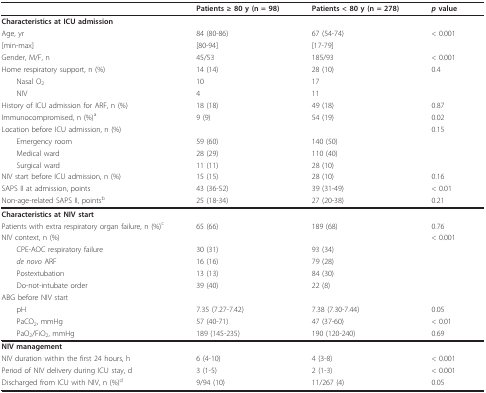
<table><thead><tr><td></td><td><b>Patients ≥ 80 y (n = 98)</b></td><td><b>Patients &lt; 80 y (n = 278)</b></td><td><b><i>p </i>value</b></td></tr></thead><tbody><tr><td><b>Characteristics at ICU admission</b></td><td></td><td></td><td></td></tr><tr><td>Age, yr</td><td>84 (80-86)</td><td>67 (54-74)</td><td>&lt; 0.001</td></tr><tr><td>[min-max]</td><td>[80-94]</td><td>[17-79]</td><td></td></tr><tr><td>Gender, M/F, n</td><td>45/53</td><td>185/93</td><td>&lt; 0.001</td></tr><tr><td>Home respiratory support, n (%)</td><td>14 (14)</td><td>28 (10)</td><td>0.4</td></tr><tr><td> Nasal O<sub>2</sub></td><td>10</td><td>17</td><td></td></tr><tr><td> NIV</td><td>4</td><td>11</td><td></td></tr><tr><td>History of ICU admission for ARF, n (%)</td><td>18 (18)</td><td>49 (18)</td><td>0.87</td></tr><tr><td>Immunocompromised, n (%)<sup>a</sup></td><td>9 (9)</td><td>54 (19)</td><td>0.02</td></tr><tr><td>Location before ICU admission, n (%)</td><td></td><td></td><td>0.15</td></tr><tr><td> Emergency room</td><td>59 (60)</td><td>140 (50)</td><td></td></tr><tr><td> Medical ward</td><td>28 (29)</td><td>110 (40)</td><td></td></tr><tr><td> Surgical ward</td><td>11 (11)</td><td>28 (10)</td><td></td></tr><tr><td>NIV start before ICU admission, n (%)</td><td>15 (15)</td><td>28 (10)</td><td>0.16</td></tr><tr><td>SAPS II at admission, points</td><td>43 (36-52)</td><td>39 (31-49)</td><td>&lt; 0.01</td></tr><tr><td>Non-age-related SAPS II, points<sup>b</sup></td><td>25 (18-34)</td><td>27 (20-38)</td><td>0.21</td></tr><tr><td><b>Characteristics at NIV start</b></td><td></td><td></td><td></td></tr><tr><td>Patients with extra respiratory organ failure, n (%)<sup>c</sup></td><td>65 (66)</td><td>189 (68)</td><td>0.76</td></tr><tr><td>NIV context, n (%)</td><td></td><td></td><td>&lt; 0.001</td></tr><tr><td> CPE-AOC respiratory failure</td><td>30 (31)</td><td>93 (34)</td><td></td></tr><tr><td> <i>de novo </i>ARF</td><td>16 (16)</td><td>79 (28)</td><td></td></tr><tr><td> Postextubation</td><td>13 (13)</td><td>84 (30)</td><td></td></tr><tr><td> Do-not-intubate order</td><td>39 (40)</td><td>22 (8)</td><td></td></tr><tr><td>ABG before NIV start</td><td></td><td></td><td></td></tr><tr><td> pH</td><td>7.35 (7.27-7.42)</td><td>7.38 (7.30-7.44)</td><td>0.05</td></tr><tr><td> PaCO<sub>2</sub>, mmHg</td><td>57 (40-71)</td><td>47 (37-60)</td><td>&lt; 0.01</td></tr><tr><td> PaO<sub>2</sub>/FiO<sub>2</sub>, mmHg</td><td>189 (145-235)</td><td>190 (120-240)</td><td>0.69</td></tr><tr><td><b>NIV management</b></td><td></td><td></td><td></td></tr><tr><td>NIV duration within the first 24 hours, h</td><td>6 (4-10)</td><td>4 (3-8)</td><td>&lt; 0.001</td></tr><tr><td>Period of NIV delivery during ICU stay, d</td><td>3 (1-5)</td><td>2 (1-3)</td><td>&lt; 0.001</td></tr><tr><td>Discharged from ICU with NIV, n (%)<sup>d</sup></td><td>9/94 (10)</td><td>11/267 (4)</td><td>0.05</td></tr></tbody></table>